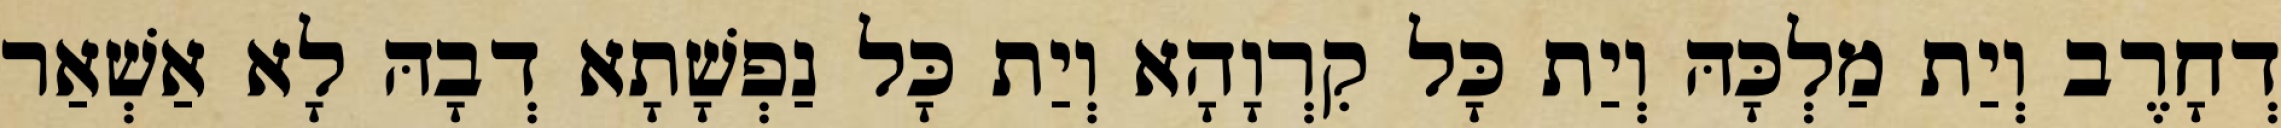
דְחָרֶב וְיַת מַלְכָּהּ וְיַת כָּל קִרְוָהָא וְיַת כָּל נַפְשָׁתָא דְבָהּ לָא אַשְׁאַר